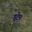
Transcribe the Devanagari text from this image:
ड्रटेन